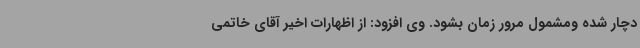
دچار شده ومشمول مرور زمان بشود. وی افزود: از اظهارات اخیر آقای خاتمی